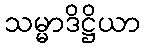
သမ္မာဒိဋ္ဌိယာ